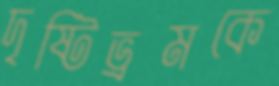
দৃষ্টিভ্রমকে